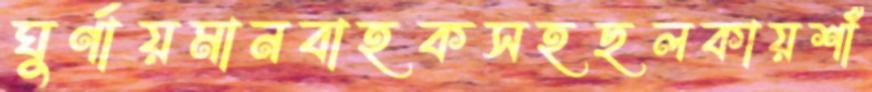
ঘুর্ণায়মানবাহকসহছলকায়শাঁ